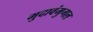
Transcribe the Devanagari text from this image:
मुदावंमुगल